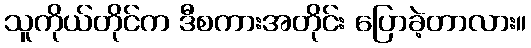
သူကိုယ်တိုင်က ဒီစကားအတိုင်း ပြောခဲ့တာလား။